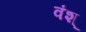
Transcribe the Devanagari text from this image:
वंश्